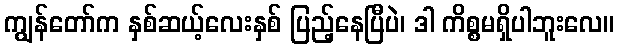
ကျွန်တော်က နှစ်ဆယ့်လေးနှစ် ပြည့်နေပြီပဲ၊ ဒါ ကိစ္စမရှိပါဘူးလေ။